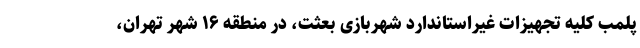
پلمب کلیه تجهیزات غیراستاندارد شهربازی بعثت، در منطقه ۱۶ شهر تهران،